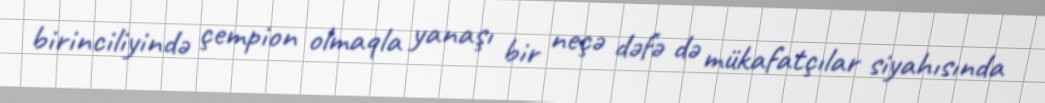
birinciliyində çempion olmaqla yanaşı bir neçə dəfə də mükafatçılar siyahısında